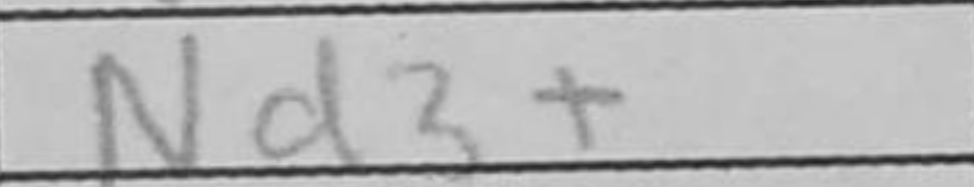
Transcription: Nd3+